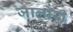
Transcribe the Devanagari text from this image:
जालोरी